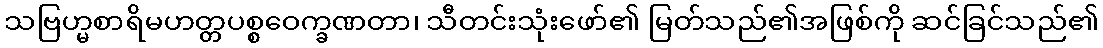
သဗြဟ္မစာရိမဟတ္တပစ္စဝေက္ခဏတာ၊ သီတင်းသုံးဖော်၏ မြတ်သည်၏အဖြစ်ကို ဆင်ခြင်သည်၏